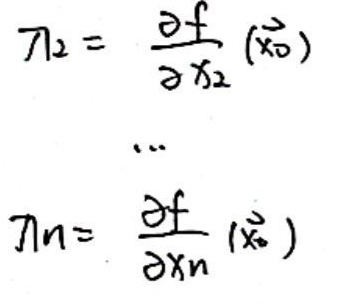
\[
\begin{align*}
\eta_2&=\frac{\partial f}{\partial x_2}(\vec{x}_0)\\
&\cdots\\
\eta_n&=\frac{\partial f}{\partial x_n}(\vec{x}_0)
\end{align*}
\]